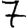
Digit: 7